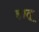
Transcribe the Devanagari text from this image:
हातू